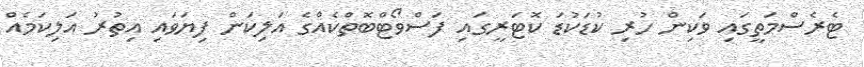
ޓެރެސްމަތީގައި ވަކިން ހުރި ކުޑަކުޑަ ކޮޓަރީގައި ފަސްވޯޓްބޮތްކެއްގެ އަލިކަން ފިޔަވައި އިތުރު އަލިކަމެއް